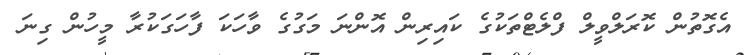
އެގޮތުން ކޮރަލްވީލް ފްލެޓްތަކުގެ ކައިރިން އޮންނަ މަގުގެ ވާހަކަ ފާހަގަކުރާ މީހުން ގިނަ